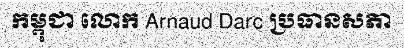
កម្ពុជា លោក Arnaud Darc ប្រធានសភា